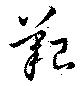
艱